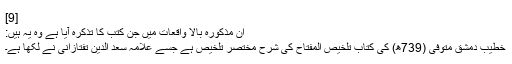
[9]
اِن مذکورہ بالا واقعات میں جن کتب کا تذکرہ آیا ہے وہ یہ ہیں:
خطیب دمشق متوفی (739ھ) کی کتاب تلخیص المفتاح کی شرح مختصر تلخیص ہے جسے علامہ سعد الدین تفتازانی نے لکھا ہے۔